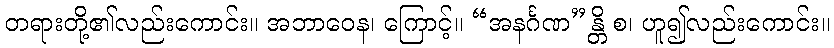
တရားတို့၏လည်းကောင်း။ အဘာဝေန၊ ကြောင့်။ “အနင်္ဂဏ”န္တိ စ၊ ဟူ၍လည်းကောင်း။